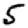
Digit: 5